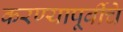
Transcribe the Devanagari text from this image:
करण्यापूर्वीचे